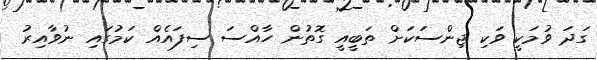
ގަދަ ވުމަކީ ވަކި ޖިންސަކަށް ތަބީއީ ގޮތުން ހާއްސަ ސިފައެއް ކަމުގައި ނުވާއިރު